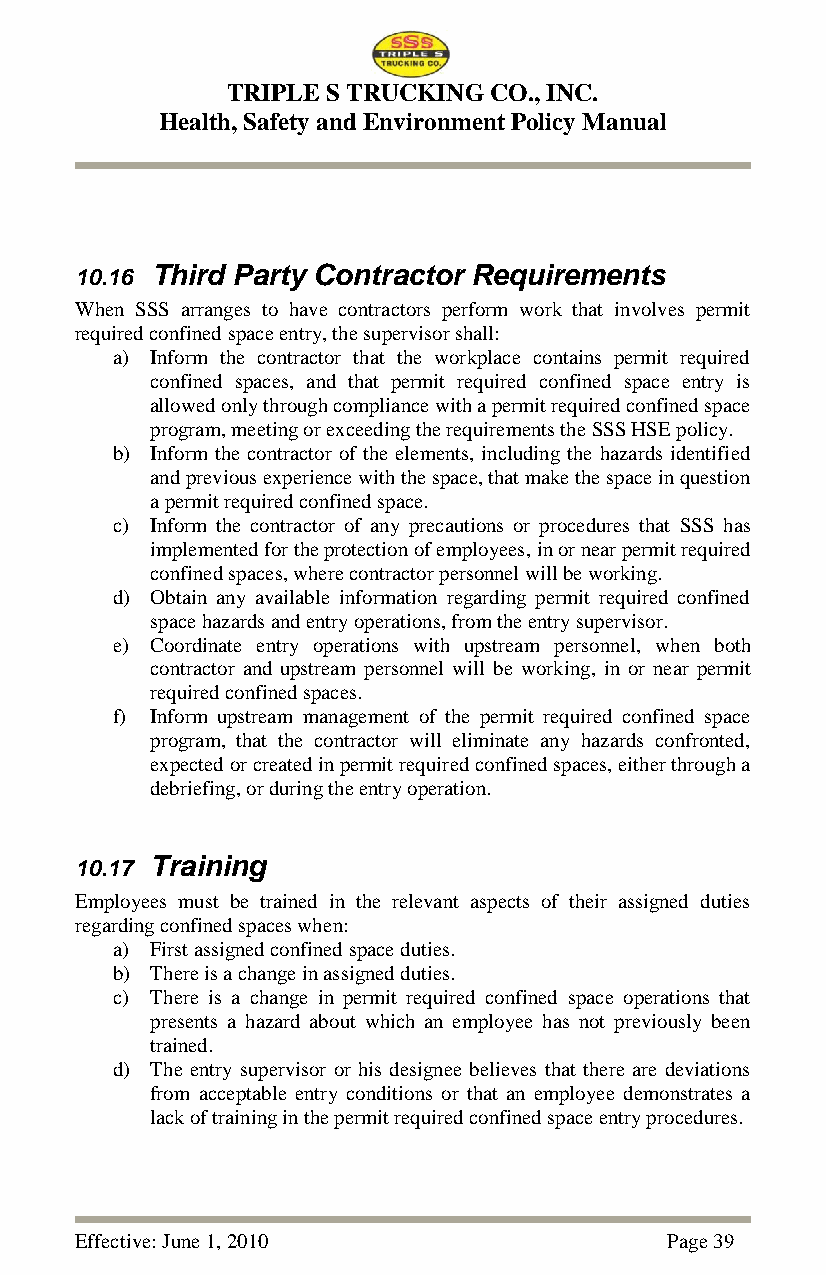
TRIPLE S TRUCKING CO., INC.
 Health, Safety and Environment Policy Manual
 10.16 Third Party Contractor Requirements
 When SSS arranges to have contractors perform work that involves permit
 required confined space entry, the supervisor shall:
 a) Inform the contractor that the workplace contains permit required
 confined spaces, and that permit required confined space entry is
 allowed only through compliance with a permit required confined space
 program, meeting or exceeding the requirements the SSS HSE policy.
 b) Inform the contractor of the elements, including the hazards identified
 and previous experience with the space, that make the space in question
 a permit required confined space.
 c) Inform the contractor of any precautions or procedures that SSS has
 implemented for the protection of employees, in or near permit required
 confined spaces, where contractor personnel will be working.
 d) Obtain any available information regarding permit required confined
 space hazards and entry operations, from the entry supervisor.
 e) Coordinate entry operations with upstream personnel, when both
 contractor and upstream personnel will be working, in or near permit
 required confined spaces.
 f) Inform upstream management of the permit required confined space
 program, that the contractor will eliminate any hazards confronted,
 expected or created in permit required confined spaces, either through a
 debriefing, or during the entry operation.
 10.17 Training
 Employees must be trained in the relevant aspects of their assigned duties
 regarding confined spaces when:
 a) First assigned confined space duties.
 b) There is a change in assigned duties.
 c) There is a change in permit required confined space operations that
 presents a hazard about which an employee has not previously been
 trained.
 d) The entry supervisor or his designee believes that there are deviations
 from acceptable entry conditions or that an employee demonstrates a
 lack of training in the permit required confined space entry procedures.
 Effective: June 1, 2010                Page 39